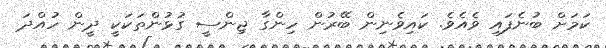
ކަމަށް ބުނެފައި ވެއެވެ. ކައިވެނިން ބޭރުން ހިންގާ ޖިންސީ ގުޅުންތަކަކީ ދީން ހުއްދަ